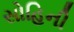
સોહિની